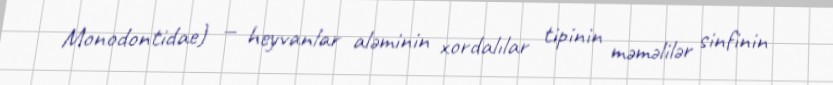
Monodontidae) — heyvanlar aləminin xordalılar tipinin məməlilər sinfinin